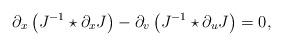
LaTeX: \begin{align*}\partial_x\left(J^{-1}\star\partial_xJ\right)-\partial_v\left(J^{-1}\star\partial_uJ\right)=0,\end{align*}